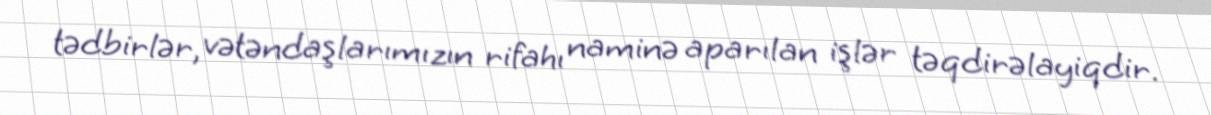
tədbirlər, vətəndaşlarımızın rifahı naminə aparılan işlər təqdirəlayiqdir.